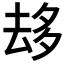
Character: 𠫾